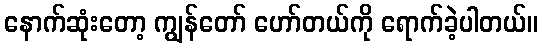
နောက်ဆုံးတော့ ကျွန်တော် ဟော်တယ်ကို ရောက်ခဲ့ပါတယ်။